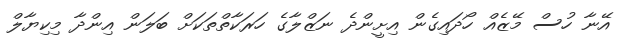
އޭނާ ހުސް މޭޒެއް ހޯދައިގެން އިށީންދެ ނަޒްލާގެ ހަރަކާތްތަކަށް ބަލަން އިންދާ މިކިޔާލް